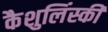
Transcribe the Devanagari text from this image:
कैशुलिंस्की